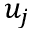
u _ { j }